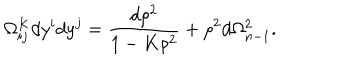
\Omega _ { i j } ^ { K } d y ^ { i } d y ^ { j } = \frac { d \rho ^ { 2 } } { 1 - K \rho ^ { 2 } } + \rho ^ { 2 } d \Omega _ { n - 1 } ^ { 2 } .